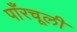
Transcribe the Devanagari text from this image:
पाँरचूली